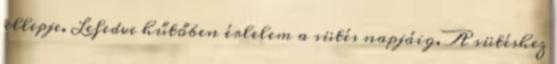
ellepje. Lefedve hűtőben érlelem a sütés napjáig. A sütéshez